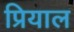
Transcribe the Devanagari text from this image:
प्रियाल